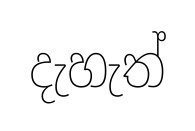
දැහැත්